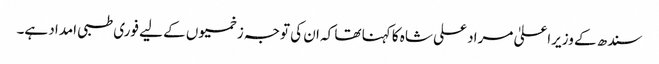
سندھ کے وزیراعلیٰ مراد علی شاہ کا کہنا تھا کہ ان کی توجہ زخمیوں کے لیے فوری طبی امداد ہے۔